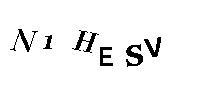
N1HESV